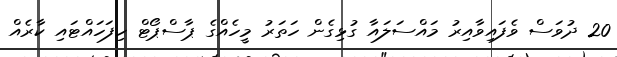
20 ދުވަސް ވެފައިވާއިރު މައްސަލައާ ގުޅިގެން ހަތަރު މީހެއްގެ ޕާސްޕޯޓް ހިފަހައްޓައި ކާރެއް